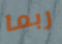
ربما